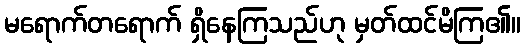
မရောက်တရောက် ရှိနေကြသည်ဟု မှတ်ထင်မိကြ၏။